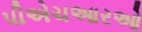
પીએચઆરઓ